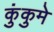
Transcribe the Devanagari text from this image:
कुंकुमे